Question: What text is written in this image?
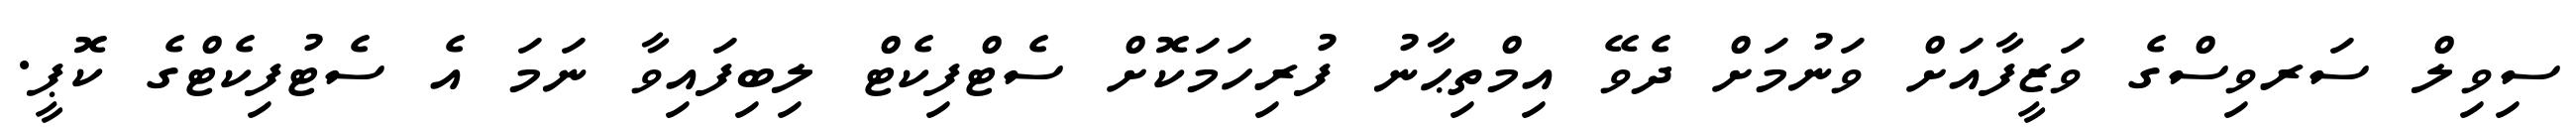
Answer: ސިވިލް ސަރވިސްގެ ވަޒީފާއަށް ވަނުމަށް ދެވޭ އިމްތިޙާނު ފުރިހަމަކޮށް ސެޓްފިކެޓް ލިބިފައިވާ ނަމަ އެ ސެޓުފިކެޓްގެ ކޮޕީ.